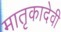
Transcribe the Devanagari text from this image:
मातृकादेवी